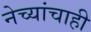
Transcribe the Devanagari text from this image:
नेच्यांचाही